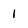
Character: 1